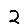
Digit: 2